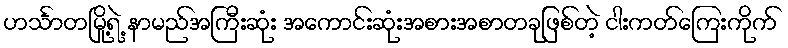
ဟင်္သာတမြို့ရဲ့ နာမည်အကြီးဆုံး အကောင်းဆုံးအစားအစာတခုဖြစ်တဲ့ ငါးကတ်ကြေးကိုက်